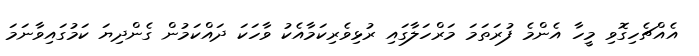
އެއްޗެހިގޮވި މީހާ އެންމެ ފުރަތަމަ މަރްހަލާގައި ރުޅިވެރިކަމާއެކު ވާހަކަ ދައްކަމުން ގެންދިޔަ ކަމުގައިވާނަމަ